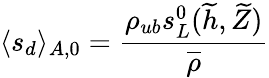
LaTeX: \langle s_{d}\rangle_{A,0}=\frac{\rho_{ub}s_{L}^{0}(\widetilde{h},\widetilde{Z})}{\overline{\rho}}